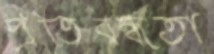
প্রতিবন্ধতা